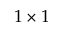
1 \times 1